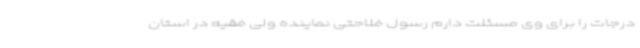
درجات را برای وی مسئلت دارم رسول فلاحتی نماینده ولی فقیه در استان